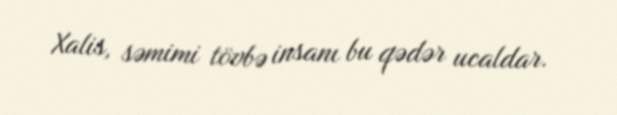
Xalis, səmimi tövbə insanı bu qədər ucaldar.